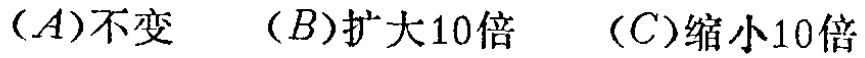
$(A)\text{不变} \quad (B)\text{扩大}10\text{倍} \quad (C)\text{缩小}10\text{倍}$